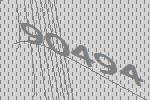
90494